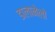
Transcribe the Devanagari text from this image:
डालानेलो